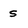
Character: s